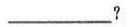
_____?